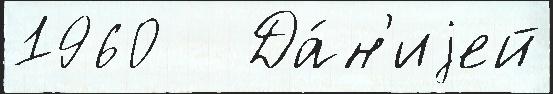
1960   Да́н'иjей